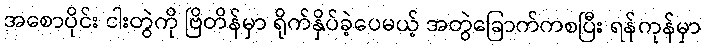
အစောပိုင်း ငါးတွဲကို ဗြိတိန်မှာ ရိုက်နှိပ်ခဲ့ပေမယ့် အတွဲခြောက်ကစပြီး ရန်ကုန်မှာ